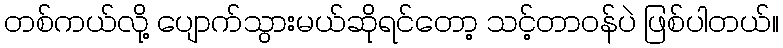
တစ်ကယ်လို့ ပျောက်သွားမယ်ဆိုရင်တော့ သင့်တာဝန်ပဲ ဖြစ်ပါတယ်။